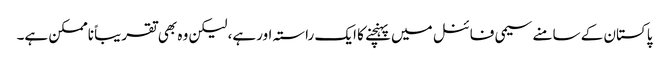
پاکستان کے سامنے سیمی فائنل میں پہنچنے کا ایک راستہ اورہے، لیکن وہ بھی تقریباً ناممکن ہے۔